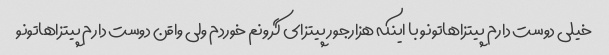
خیلی دوست دارم پیتزاهاتونو با اینکه هزارجور پیتزای گرونم خوردم ولی واقن دوست دارم پیتزاهاتونو